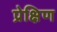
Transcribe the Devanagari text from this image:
प्रेक्षिण